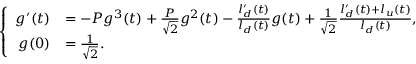
\left\{ \begin{array} { r l } { g ^ { \prime } ( t ) } & { = - P g ^ { 3 } ( t ) + \frac { P } { \sqrt { 2 } } g ^ { 2 } ( t ) - \frac { l _ { d } ^ { \prime } ( t ) } { l _ { d } ( t ) } g ( t ) + \frac { 1 } { \sqrt { 2 } } \frac { l _ { d } ^ { \prime } ( t ) + l _ { u } ( t ) } { l _ { d } ( t ) } , } \\ { g ( 0 ) } & { = \frac { 1 } { \sqrt { 2 } } . } \end{array} \right.